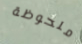
ملحوظة